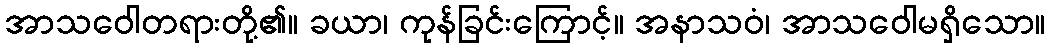
အာသဝေါတရားတို့၏။ ခယာ၊ ကုန်ခြင်းကြောင့်။ အနာသဝံ၊ အာသဝေါမရှိသော။